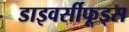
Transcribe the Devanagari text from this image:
डाइवर्सीफूड्स